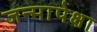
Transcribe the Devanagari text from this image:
जन्मापेक्षा